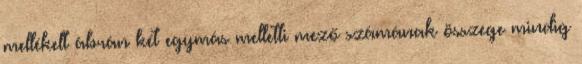
mellékelt ábrán két egymás melletti mező számának összege mindig